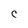
Character: c